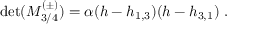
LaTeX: \operatorname * { d e t } ( { \cal M } _ { 3 / 4 } ^ { ( \pm ) } ) = \alpha ( h - h _ { 1 , 3 } ) ( h - h _ { 3 , 1 } ) { } ~ .